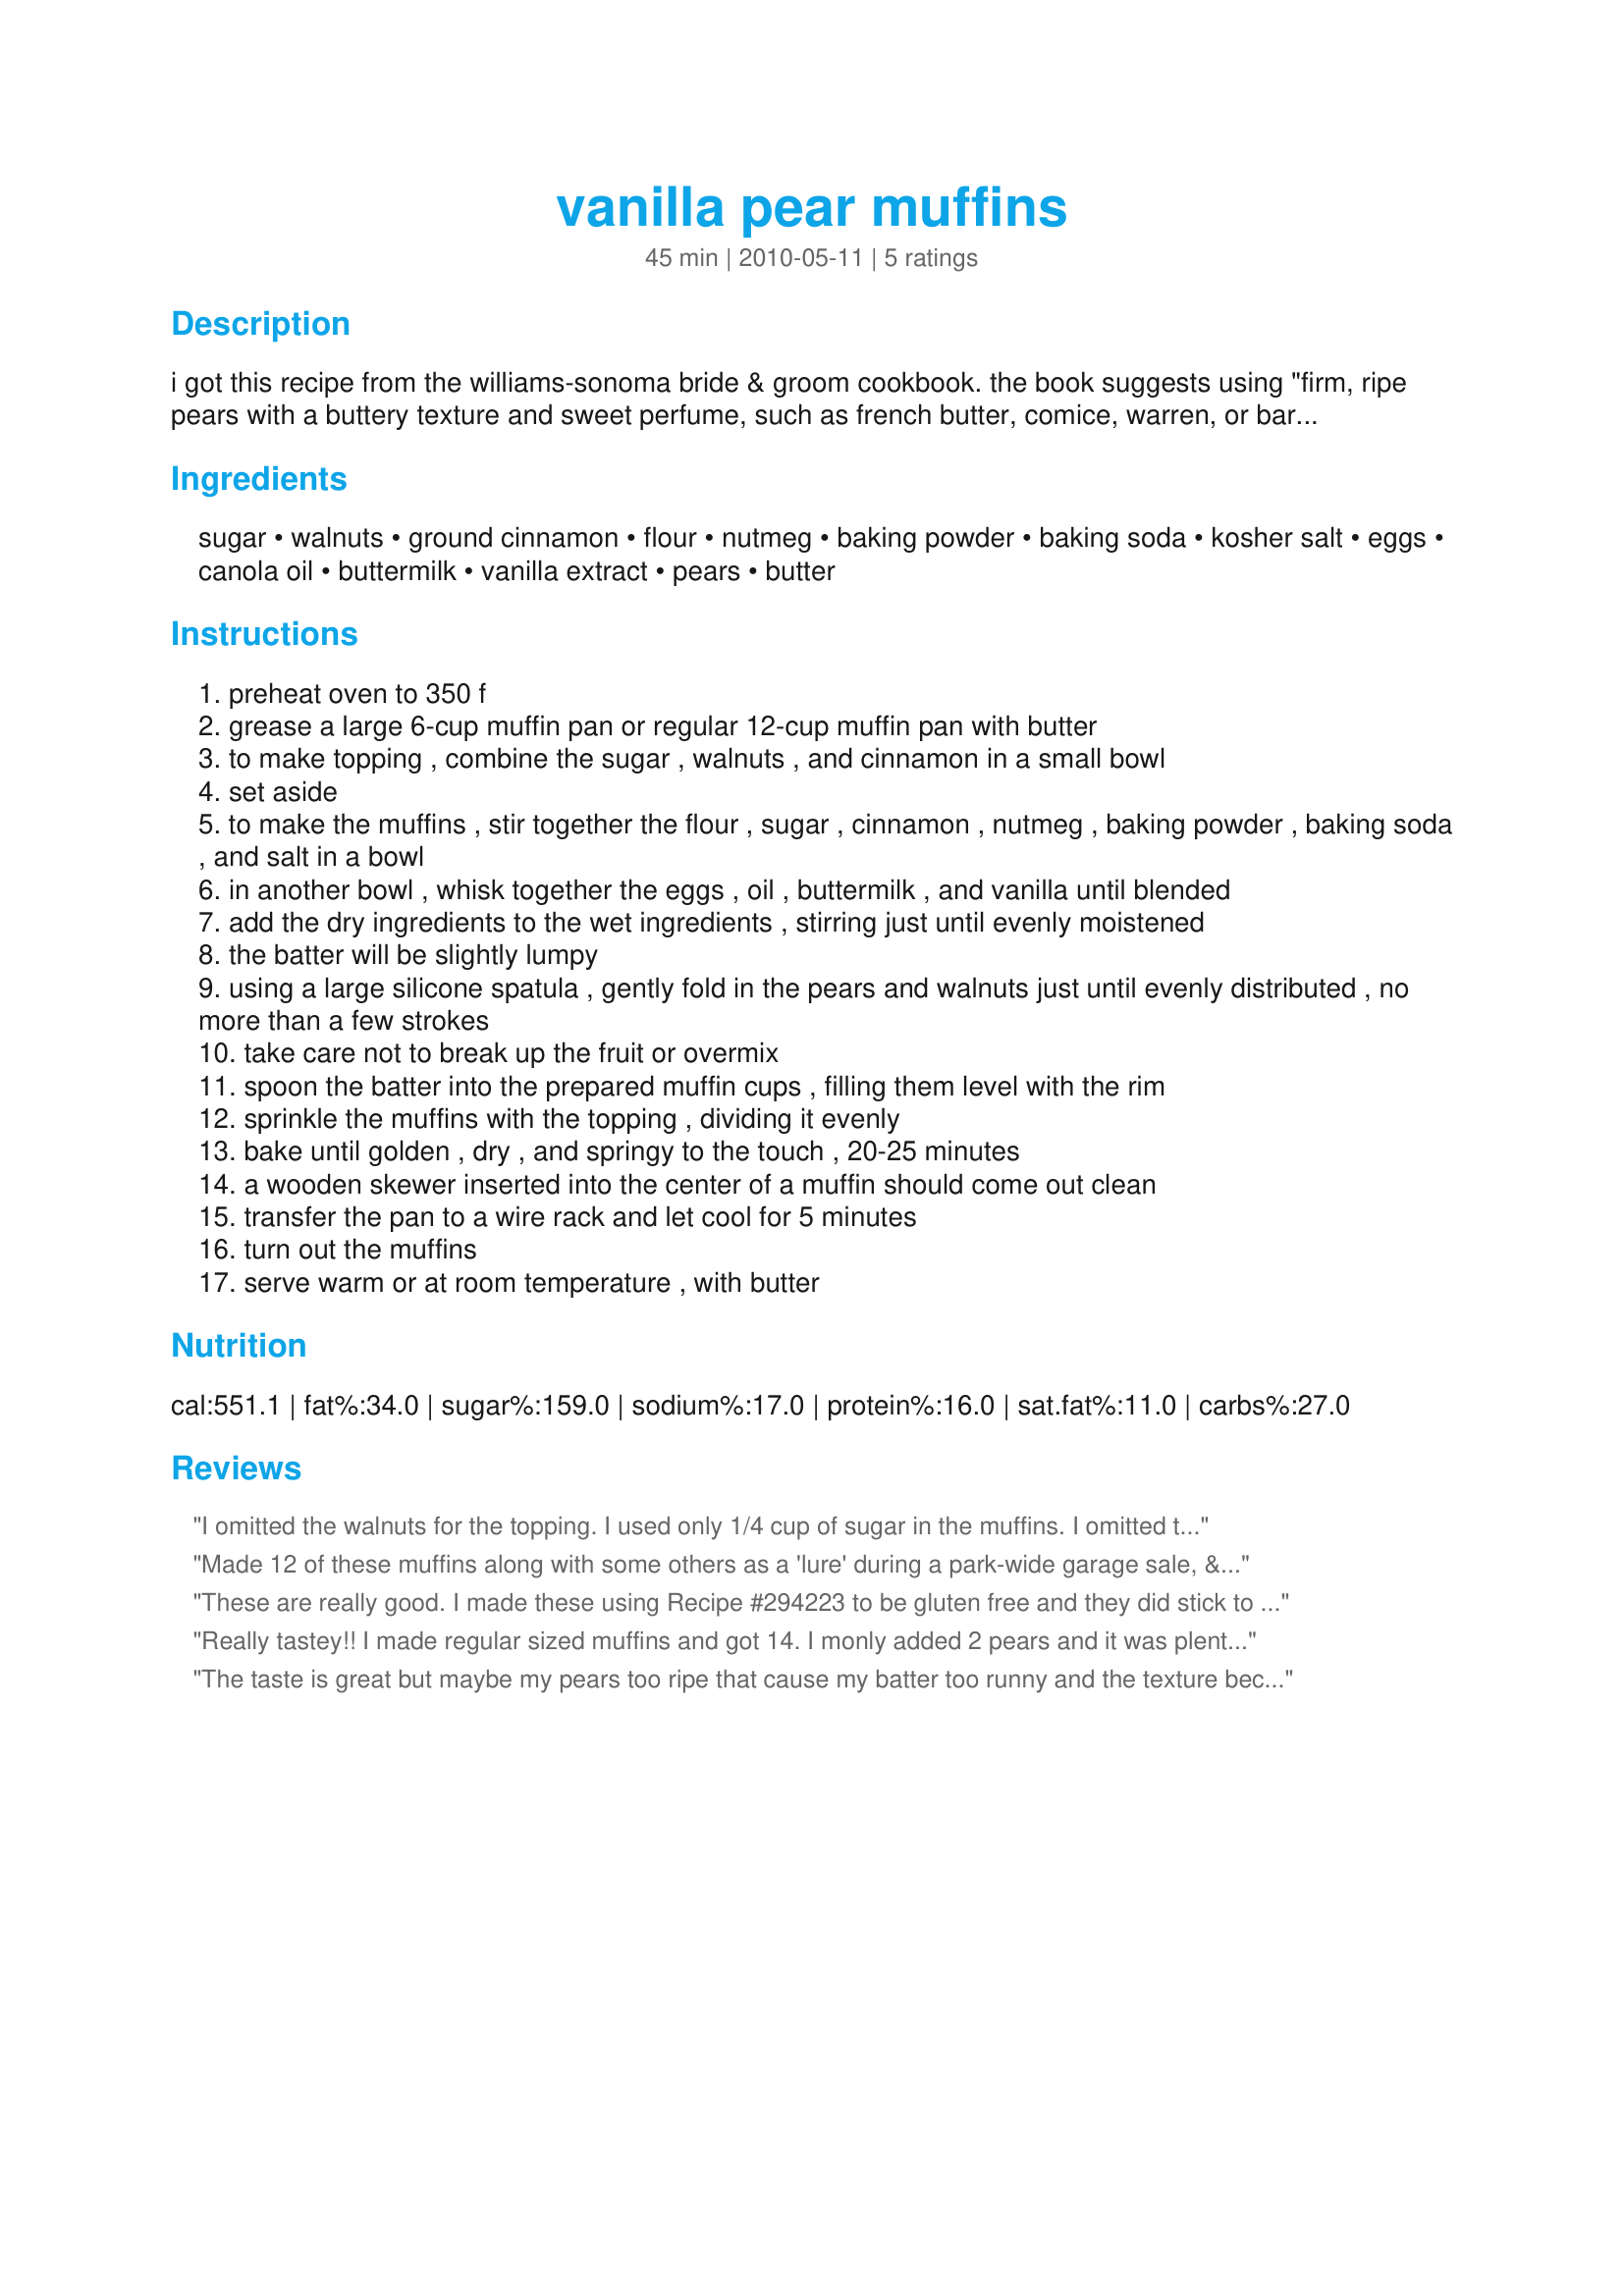
vanilla pear muffins
Preparation time: 45 minutes

i got this recipe from the williams-sonoma bride & groom cookbook. the book suggests using "firm, ripe pears with a buttery texture and sweet perfume, such as french butter, comice, warren, or bartletts", but i used anjou and found these muffins to be delicious. also the recipe calls for freshly grated nutmeg, but i used jarred ground nutmeg and didn't notice the difference. i hope you enjoy as much as i did.

Ingredients:
sugar, walnuts, ground cinnamon, flour, nutmeg, baking powder, baking soda, kosher salt, eggs, canola oil, buttermilk, vanilla extract, pears, butter

Steps:
preheat oven to 350 f
grease a large 6-cup muffin pan or regular 12-cup muffin pan with butter
to make topping , combine the sugar , walnuts , and cinnamon in a small bowl
set aside
to make the muffins , stir together the flour , sugar , cinnamon , nutmeg , baking powder , baking soda , and salt in a bowl
in another bowl , whisk together the eggs , oil , buttermilk , and vanilla until blended
add the dry ingredients to the wet ingredients , stirring just until evenly moistened
the batter will be slightly lumpy
using a large silicone spatula , gently fold in the pears and walnuts just until evenly distributed , no more than a few strokes
take care not to break up the fruit or overmix
spoon the batter into the prepared muffin cups , filling them level with the rim
sprinkle the muffins with the topping , dividing it evenly
bake until golden , dry , and springy to the touch , 20-25 minutes
a wooden skewer inserted into the center of a muffin should come out clean
transfer the pan to a wire rack and let cool for 5 minutes
turn out the muffins
serve warm or at room temperature , with butter

Reviews:
I omitted the walnuts for the topping. I used only 1/4 cup of sugar in the muffins. I omitted the oil and used applesauce instead. They have a great taste. It was my first time doing pear muffins. Next time I'll chop the pears a bit smaller. Thanks KimmieCat :) Made for PAC Fall 2011
Made 12 of these muffins along with some others as a 'lure' during a park-wide garage sale, & these were a big hit! Made the recipe as given, using Bartlett pears, & those pears, along with the great spice combo, made for some exceptionally tasty muffins! Many thanks for sharing the recipe! [Made & reviewed in I Recommend recipe tag]
These are really good. I made these using Recipe #294223 to be gluten free and they did stick to the muffin cups but I am convinced that is due to the other recipe. For the topping I used brown sugar & the rest for 6 muffins. As we do not consume intoxicants which nutmeg is, I used allspice is a smaller quantity as a replacement. I used yogurt rather than butter milk and vanilla paste for the vanilla to be alcohol free. The ingredient list does not state how much walnuts to add to the muffin mixture so I just guessed. Made for ZWT6 Germany/Benelux region, for my team, The Ya Ya Cookerhood.
Really tastey!! I made regular sized muffins and got 14. I monly added 2 pears and it was plenty. They are sweet and the cinnamon gives it a great flavor. Made for PAC Spring 2011.
The taste is great but maybe my pears too ripe that cause my batter too runny and the texture become more like puddings. Not happy with the result :(
